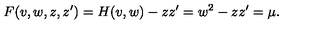
F ( v , w , z , z ^ { \prime } ) = H ( v , w ) - z z ^ { \prime } = w ^ { 2 } - z z ^ { \prime } = \mu .